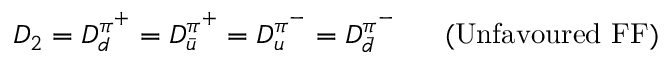
D _ { 2 } = D _ { d } ^ { \pi ^ { + } } = D _ { \bar { u } } ^ { \pi ^ { + } } = D _ { u } ^ { \pi ^ { - } } = D _ { \bar { d } } ^ { \pi ^ { - } } \ \ \ \ \ ( \mathrm { U n f a v o u r e d ~ F F ) }